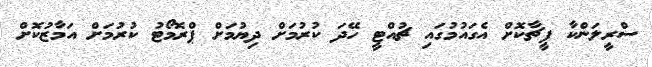
ސްރީލަންކާ ފީޗާކޮށް އެގައުމުގައި ޗުއްޓީ ހޭދަ ކުރުމަށް ދިޔުމަށް ޕްރޮމޯޓު ކުރުމަށް އަމާޒުކޮށް